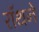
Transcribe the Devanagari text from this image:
रॉथने